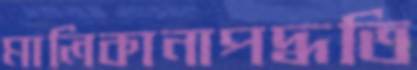
মালিকানাপদ্ধতি